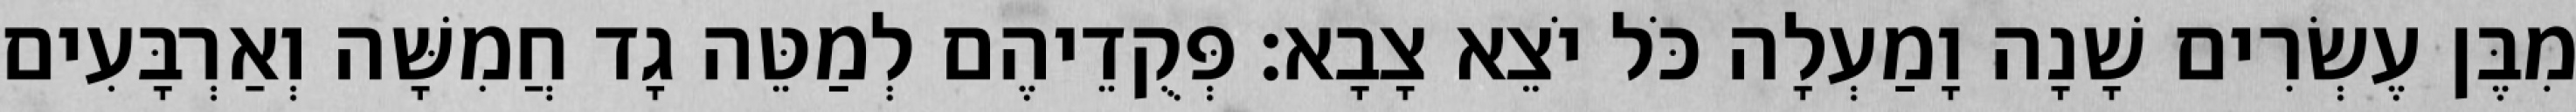
מִבֶּן עֶשְׂרִים שָׁנָה וָמַעְלָה כֹּל יֹצֵא צָבָא׃ פְּקֻדֵיהֶם לְמַטֵּה גָד חֲמִשָּׁה וְאַרְבָּעִים